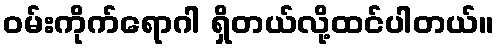
ဝမ်းကိုက်ရောဂါ ရှိတယ်လို့ထင်ပါတယ်။